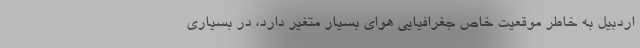
اردبیل به خاطر موقعیت خاص جغرافیایی هوای بسیار متغیر دارد، در بسیاری